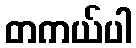
တကယ်ပါ